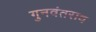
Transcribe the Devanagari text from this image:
गुनवंतराव